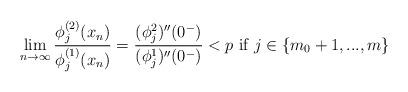
LaTeX: \begin{align*} \lim_{n\to\infty}\frac{\phi_{j}^{(2)}(x_n)}{\phi_{j}^{(1)}(x_n)}=\frac{(\phi_j^2)''(0^-)}{(\phi_j^1)''(0^-)}<p \mbox{ if } j\in\{m_0+1,..., m\}\end{align*}